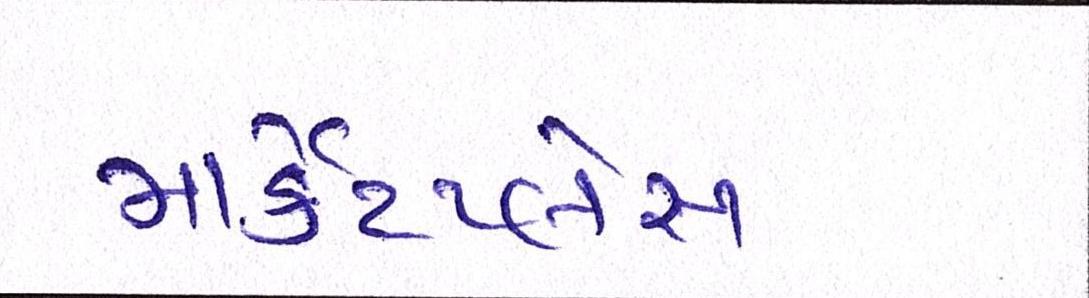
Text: માર્કેટપ્લેસ